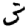
Digit: 3